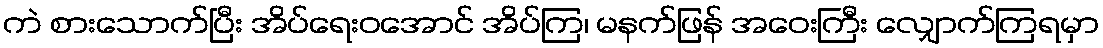
ကဲ စားသောက်ပြီး အိပ်ရေးဝအောင် အိပ်ကြ၊ မနက်ဖြန် အဝေးကြီး လျှောက်ကြရမှာ